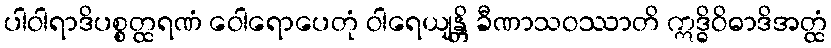
ပါဝါရာဒိပစ္စတ္ထရဏံ ဝေါရောပေတုံ ဝါရေယျန္တိ ခီဏာသဝဿာတိ ဣဒ္ဓိဝိဓာဒိအတ္ထံ